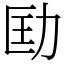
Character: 劻